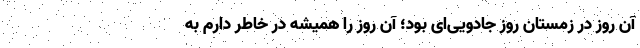
آن روز در زمستان روز جادویی‌ای بود؛ آن روز را همیشه در خاطر دارم به